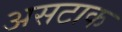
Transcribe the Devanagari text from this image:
असटाक